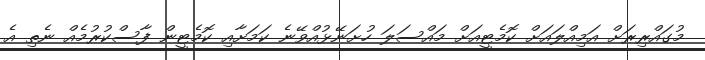
މުގައްރިރަށް އަމިއްލައަށް ކޮމެޓީއަށް މައްސަލަ ހުށަނޭޅުއްވޭނެ ކަމަށާއި ކޮމެޓީން ފާސްކުރުމެއް ނެތި އެ